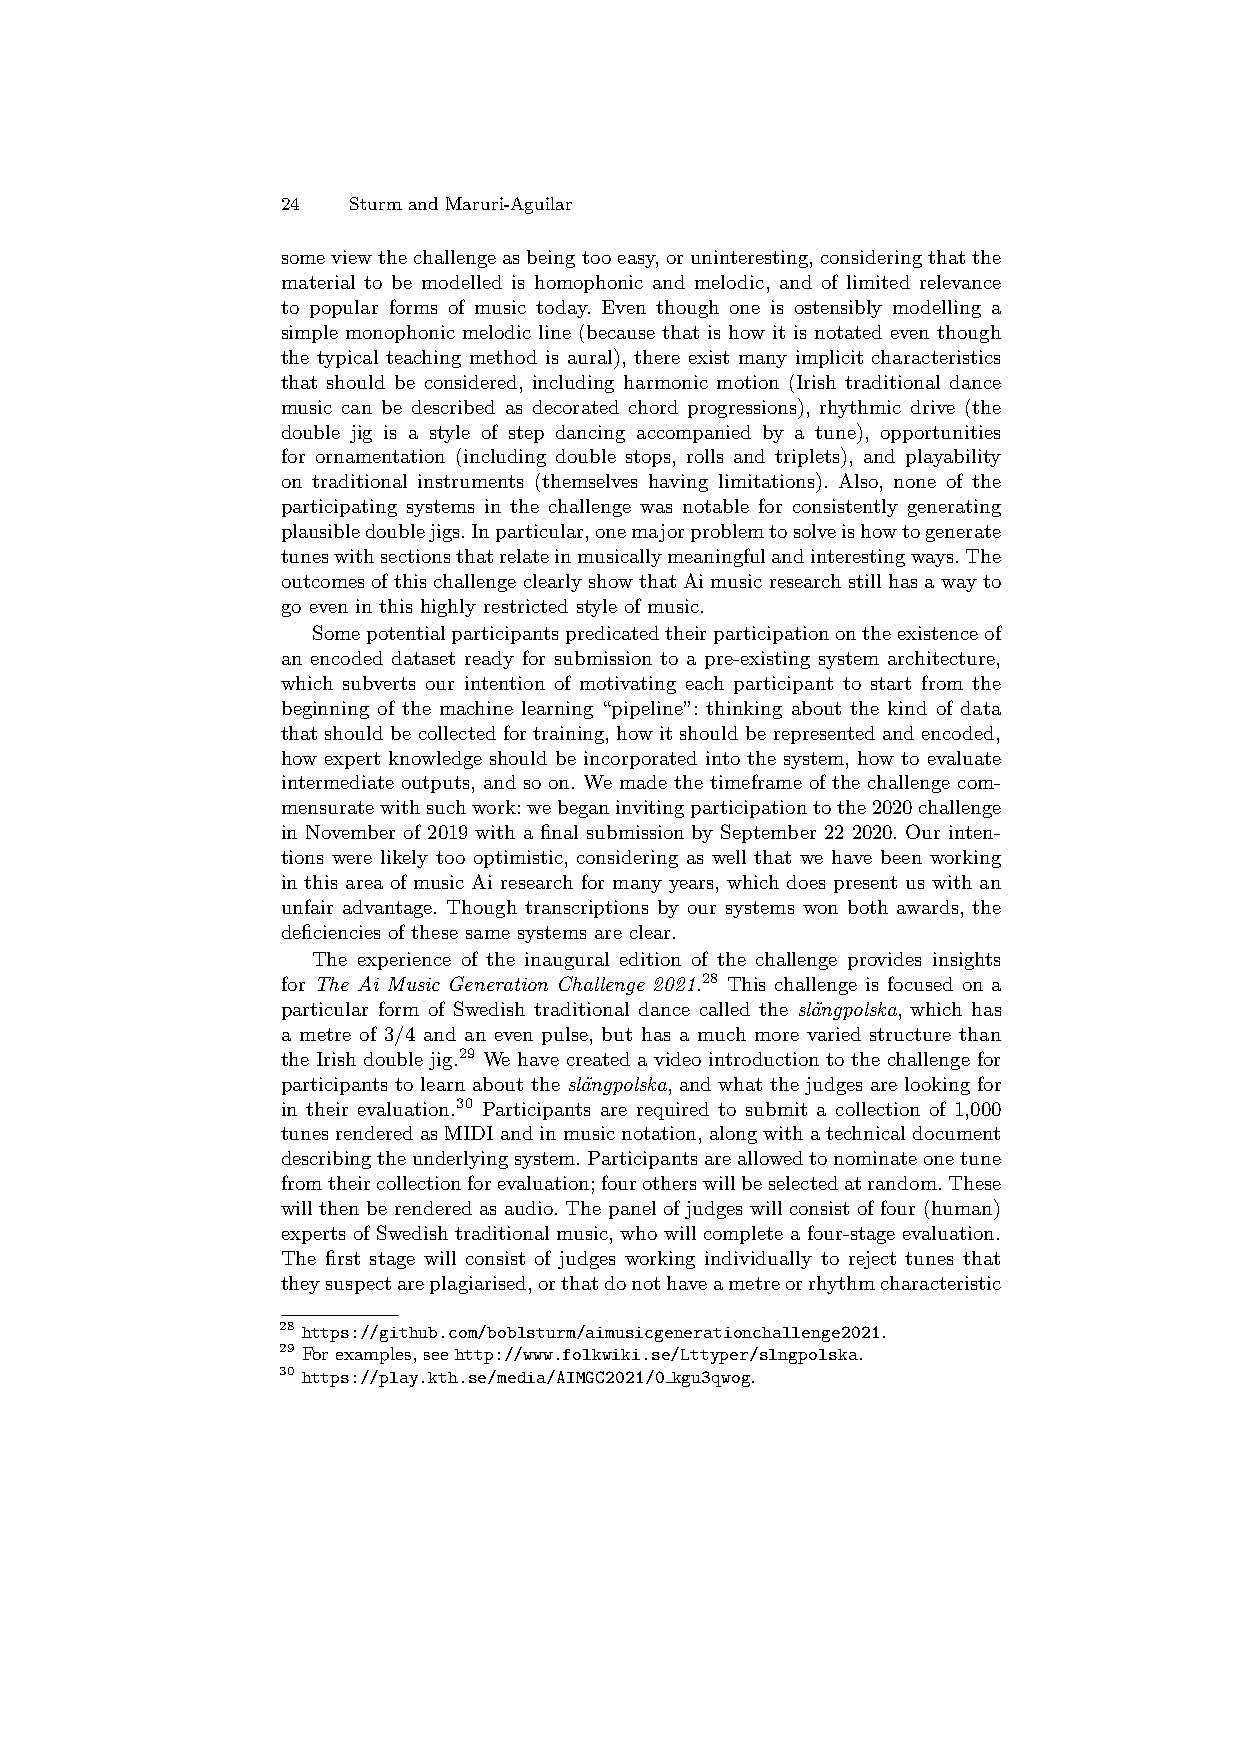
24  Sturm and Maruri-Aguilar
 someviewthechallengeasbeingtooeasy,oruninteresting,consideringthatthe
 material to be modelled is homophonic and melodic, and of limited relevance
 to popular forms of music today. Even though one is ostensibly modelling a
 simple monophonic melodic line (because that is how it is notated even though
 the typical teaching method is aural), there exist many implicit characteristics
 that should be considered, including harmonic motion (Irish traditional dance
 music can be described as decorated chord progressions), rhythmic drive (the
 double jig is a style of step dancing accompanied by a tune), opportunities
 for ornamentation (including double stops, rolls and triplets), and playability
 on traditional instruments (themselves having limitations). Also, none of the
 participating systems in the challenge was notable for consistently generating
 plausibledoublejigs.Inparticular,onemajorproblemtosolveishowtogenerate
 tuneswithsectionsthatrelateinmusicallymeaningfulandinterestingways.The
 outcomes ofthischallengeclearly showthat Aimusicresearch stillhas awayto
 go even in this highly restricted style of music.
 Somepotentialparticipantspredicatedtheirparticipationontheexistenceof
 an encoded dataset ready for submission to a pre-existing system architecture,
 which subverts our intention of motivating each participant to start from the
 beginning of the machine learning “pipeline”: thinking about the kind of data
 that should be collected for training, how it should be represented and encoded,
 how expert knowledge should be incorporated into the system, how to evaluate
 intermediate outputs, and so on. We made the timeframe of the challenge com-
 mensuratewithsuchwork:webeganinvitingparticipationtothe2020challenge
 in November of 2019 with a final submission by September 22 2020. Our inten-
 tions were likely too optimistic, considering as well that we have been working
 in this area of music Ai research for many years, which does present us with an
 unfair advantage. Though transcriptions by our systems won both awards, the
 deficiencies of these same systems are clear.
 The experience of the inaugural edition of the challenge provides insights
 for The Ai Music Generation Challenge 2021.28 This challenge is focused on a
 particular form of Swedish traditional dance called the sl¨angpolska, which has
 a metre of 3/4 and an even pulse, but has a much more varied structure than
 the Irish double jig.29 We have created a video introduction to the challenge for
 participants to learn about the sl¨angpolska, and what the judges are looking for
 in their evaluation.30 Participants are required to submit a collection of 1,000
 tunesrenderedasMIDIandinmusicnotation,alongwithatechnicaldocument
 describingtheunderlyingsystem.Participantsareallowedtonominateonetune
 fromtheircollectionforevaluation;fourotherswillbeselectedatrandom.These
 will then be rendered as audio. The panel of judges will consist of four (human)
 experts of Swedish traditional music, who will complete a four-stage evaluation.
 The first stage will consist of judges working individually to reject tunes that
 theysuspectareplagiarised,orthatdonothaveametreorrhythmcharacteristic
 28 https://github.com/boblsturm/aimusicgenerationchallenge2021.
 29 For examples, see http://www.folkwiki.se/Lttyper/slngpolska.
 30 https://play.kth.se/media/AIMGC2021/0 kgu3qwog.